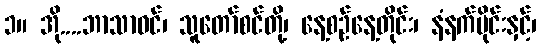
၁။ အို....ဘာသာဝင်၊ သူတော်စင်တို့၊ နေ့စဉ်နေ့တိုင်း၊ နံနက်ပိုင်းနှင့်၊